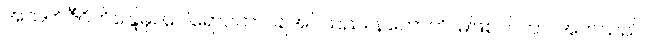
အသက်ဇီဝိတိန္ဒြေမှ။ ပေါရောပိတာ၊ ချအပ်သည်။ နဟောတိ၊ မဖြစ်။ ပိတာ၊ အဘသည်။